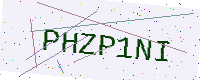
Text: PHZP1NI